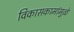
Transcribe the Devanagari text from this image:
विकासकामांमुळे